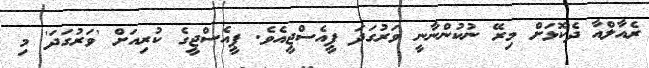
ރެއާލްއާ ދެކޮޅަށް މިރޭ ނުކުންނާނީ ވަރުގަދަ ޕީއެސްޖީއެވެ. ޕީއެސްޖީގެ ކުރިއަށް 'ވަރުގަދަ' މި